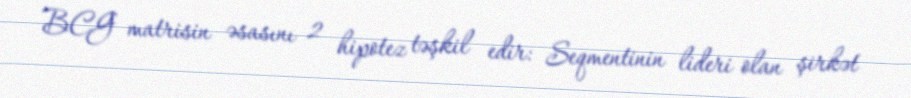
BCG matrisin əsasını 2 hipotez təşkil edir: Seqmentinin lideri olan şirkət